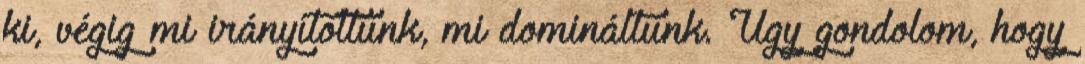
ki, végig mi irányítottunk, mi domináltunk. Úgy gondolom, hogy